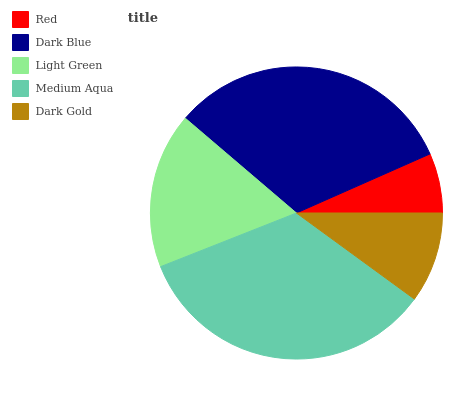
| Red | Dark Blue | Light Green | Medium Aqua | Dark Gold |
 | --- | --- | --- | --- | --- |
 | 6.62% | 32.1% | 17.2% | 34% | 10% |